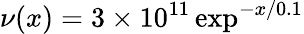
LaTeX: \nu(x)=3\times 10^{11}\exp^{-x/0.1}